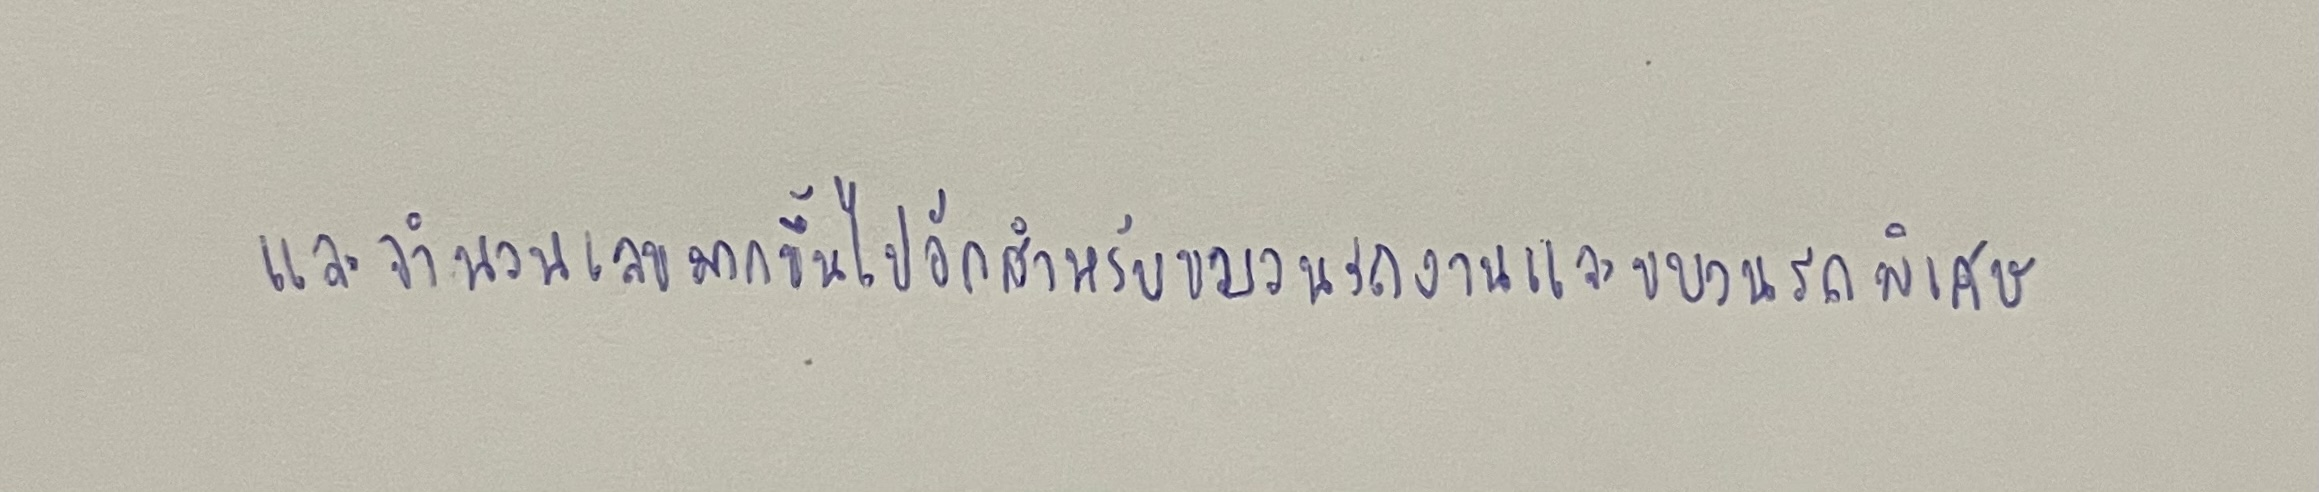
และจำนวนเลขมากขึ้นไปอีกสำหรับขบวนรถงานและขบวนรถพิเศษ